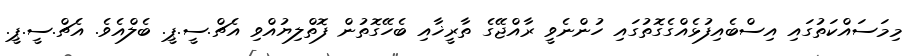
މިމަސައްކަތުގައި އިސްބެއިފުޅެއްގެގޮތުގައި ހުންނެވީ ރާއްޖޭގެ ތާރީޚާއި ބެހޭގޮތުން ފޮތްލިޔުއްވި އެޗް.ސީ.ޕީ. ބެލްއެވެ. އެޗް.ސީ.ޕީ.